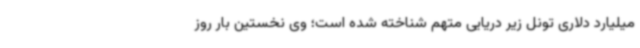
میلیارد دلاری تونل زیر دریایی متهم شناخته شده است؛ وی نخستین بار روز